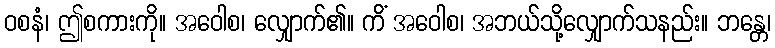
ဝစနံ၊ ဤစကားကို။ အဝေါစ၊ လျှောက်၏။ ကိံ အဝေါစ၊ အဘယ်သို့လျှောက်သနည်း။ ဘန္တေ၊